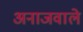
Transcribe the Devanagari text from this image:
अनाजवाले